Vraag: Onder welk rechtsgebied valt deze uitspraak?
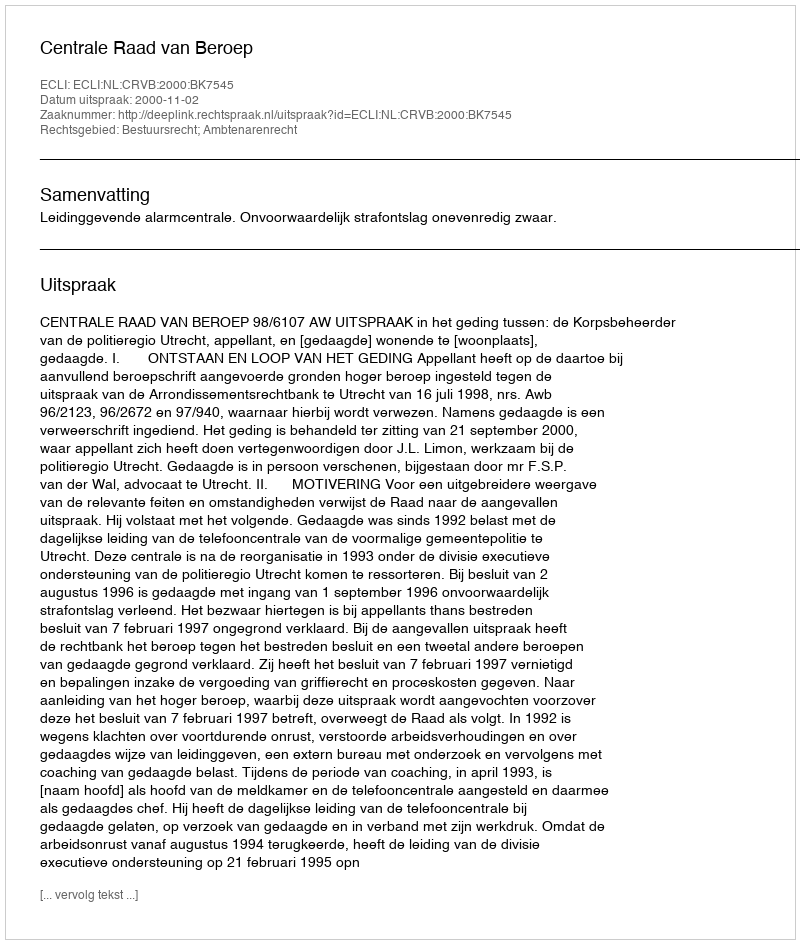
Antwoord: Bestuursrecht; Ambtenarenrecht